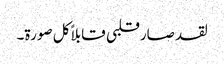
لقد صارقلبی قابلاً کل صورۃ۔